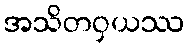
အသိတဝှယဿ